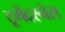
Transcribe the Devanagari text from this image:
टूगैदरनेस